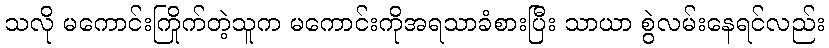
သလို မကောင်းကြိုက်တဲ့သူက မကောင်းကိုအရသာခံစားပြီး သာယာ စွဲလမ်းနေရင်လည်း